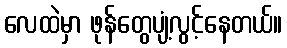
လေထဲမှာ ဖုန်တွေပျံ့လွင့်နေတယ်။